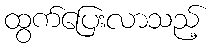
ထွက်ပြေးလာသည့်